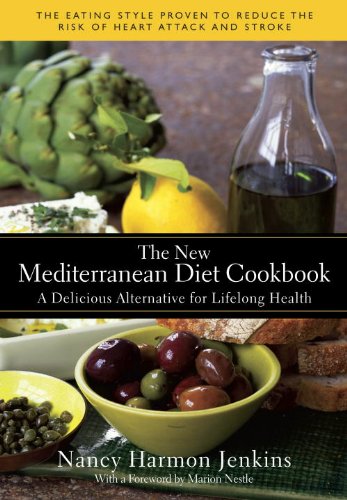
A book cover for The New Mediterranean Diet Cookbook: A Delicious Alternative for Lifelong Health; Nancy Harmon Jenkins; Cookbooks, Food & Wine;